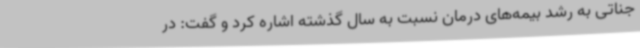
جناتی به رشد بیمه‌های درمان نسبت به سال گذشته اشاره کرد و گفت: در